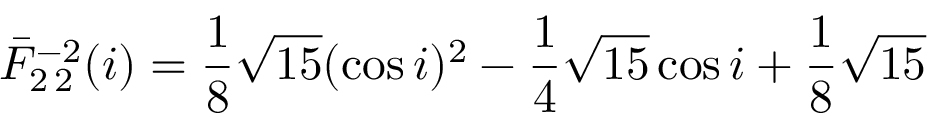
\bar { F } _ { 2 \, 2 } ^ { - 2 } ( i ) = \frac { 1 } { 8 } \sqrt { 1 5 } ( \cos i ) ^ { 2 } - \frac { 1 } { 4 } \sqrt { 1 5 } \cos i + \frac { 1 } { 8 } \sqrt { 1 5 }